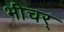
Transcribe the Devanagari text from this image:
भीचर्